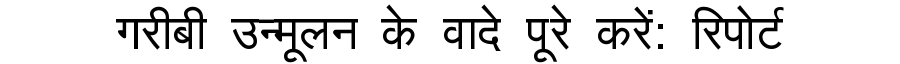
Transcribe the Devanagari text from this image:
गरीबी उन्मूलन के वादे पूरे करें: रिपोर्ट